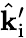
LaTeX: \hat{\mathbf{k}}_{\mathrm{i}}^{\prime}